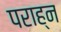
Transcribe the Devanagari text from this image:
पराह्न